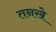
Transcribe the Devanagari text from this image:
तनखे